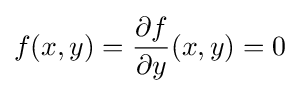
f(x,y)={\frac {\partial f}{\partial y}}(x,y)=0